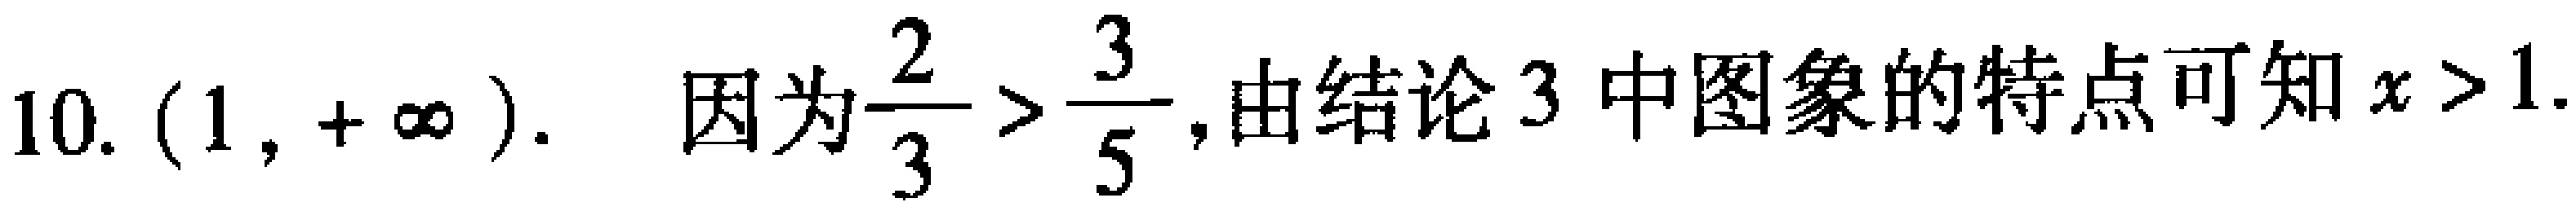
10. $(1,+\infty)$. 因为$\frac{2}{3}>\frac{3}{5}$,由结论 3 中图象的特点可知$x > 1$.